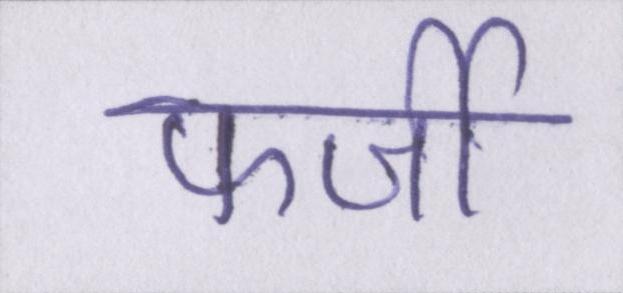
फर्जी